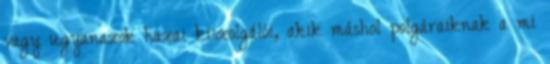
vagy ugyanazok hazai kiszolgálói, akik máshol polgáraiknak a mi